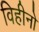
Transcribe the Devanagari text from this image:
विहीनो